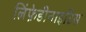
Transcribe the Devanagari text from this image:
लिंफ़ेडीनाइटिस